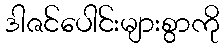
ဒါဇင်ပေါင်းများစွာကို